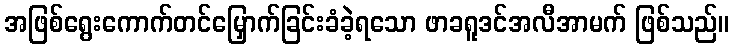
အဖြစ်ရွေးကောက်တင်မြှောက်ခြင်းခံခဲ့ရသော ဖာခရူဒင်အလီအာမက် ဖြစ်သည်။